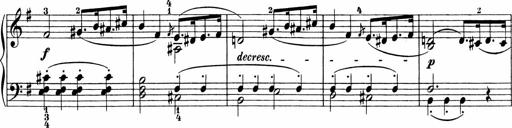
Title: Sonatinen Op.47, 98 und 136, nebst 6 Liedersonatinen
Composer: Carl Reinecke